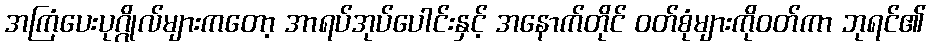
အကြံပေးပုဂ္ဂိုလ်များကတော့ အာရပ်အုပ်ပေါင်းနှင့် အနောက်တိုင် ဝတ်စုံများကိုဝတ်ကာ ဘုရင်၏